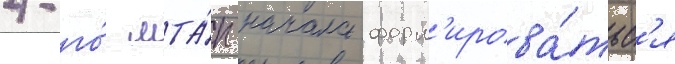
4-го́ мта́п начала форм'ирова́тьс'я